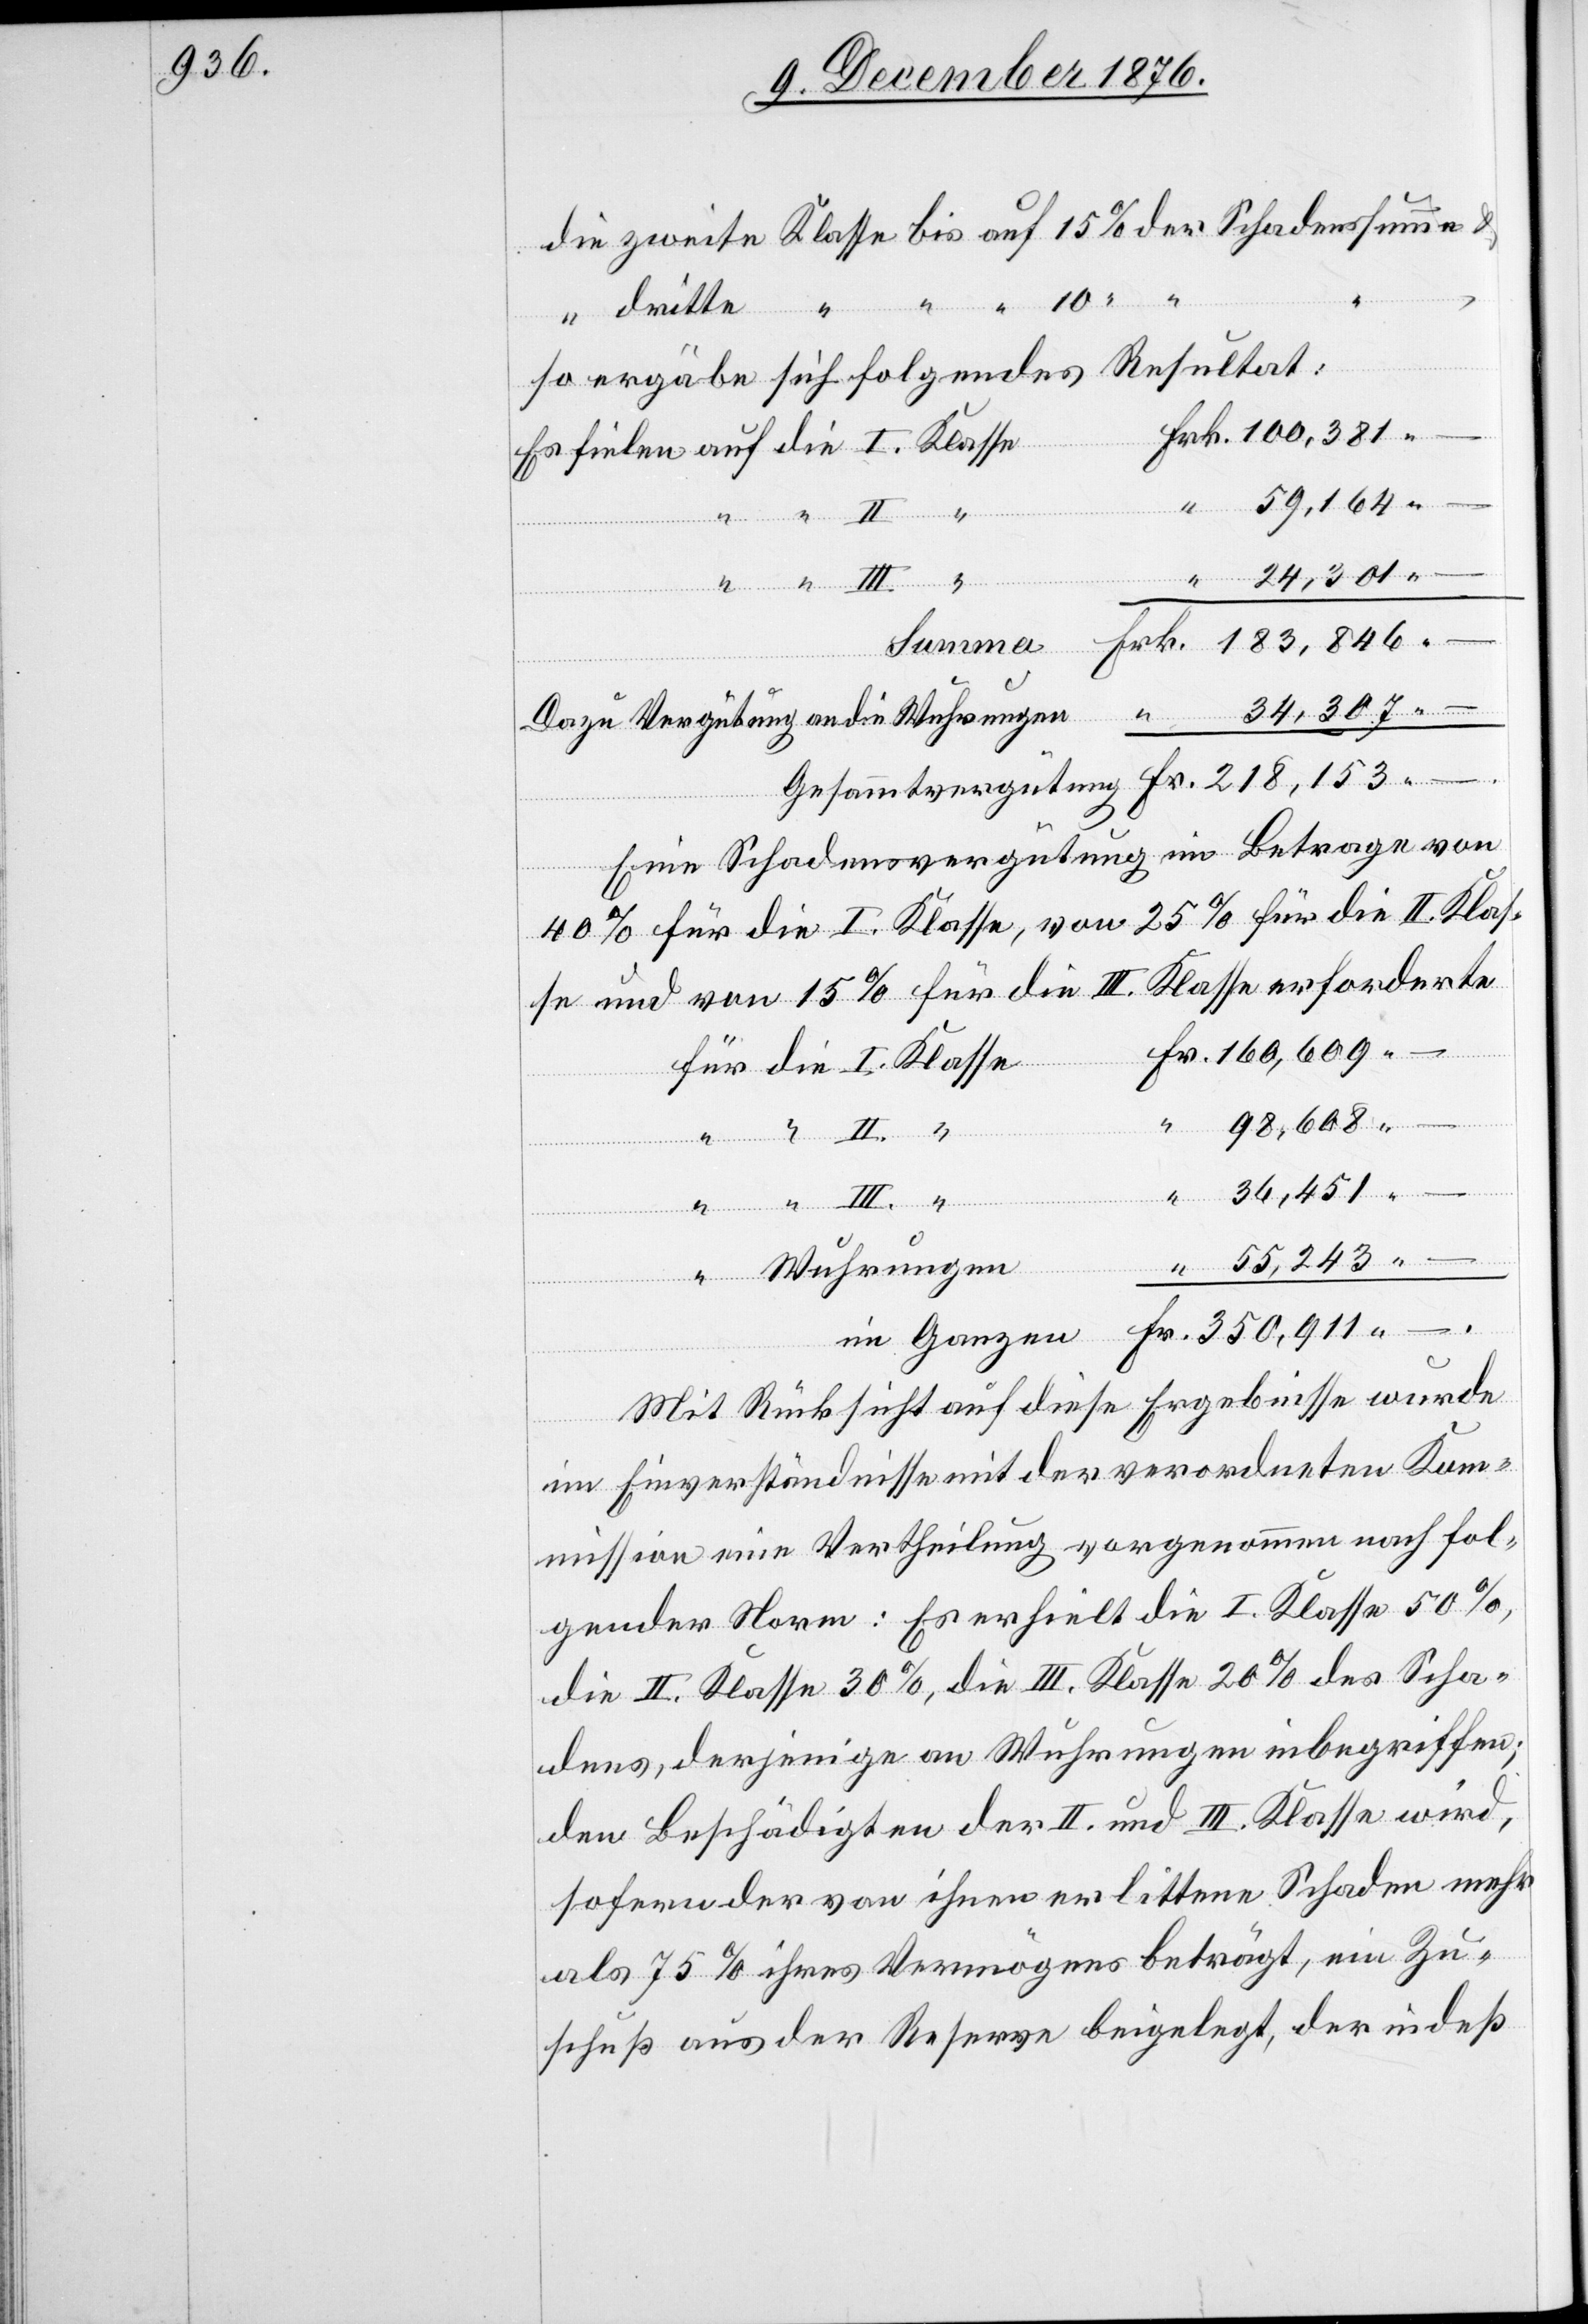
so ergäbe sich folgendes Resultat:
Dazu Vergütung an die Wuhrungen
Eine Schadensvergütung im Betrage von
40% für die I. Klasse, von 25% für die II. Klas¬
se und von 15% für die III. Klasse erforderte
–.
Ganzen
Mit Rücksicht auf diese Ergebnisse wurde
fielen
im Einverständnisse mit der verordneten Kom¬
mission eine Vertheilung vorgenommen nach fol¬
gender Norm: Es erhielt die I. Klasse 50%,
die II. Klasse 30%, die III. Klasse 20% des Scha¬
dens, derjenige an Wuhrungen inbegriffen;
den Beschäftigten der II. und III. Klasse wird,
sofern der von ihnen erlittene Schaden mehr
als 75% ihres Vermögens beträgt, ein Zu¬
schuß aus der Reserve beigelegt, der indeß